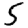
Digit: 5